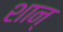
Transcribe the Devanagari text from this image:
शान्